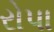
રોપા